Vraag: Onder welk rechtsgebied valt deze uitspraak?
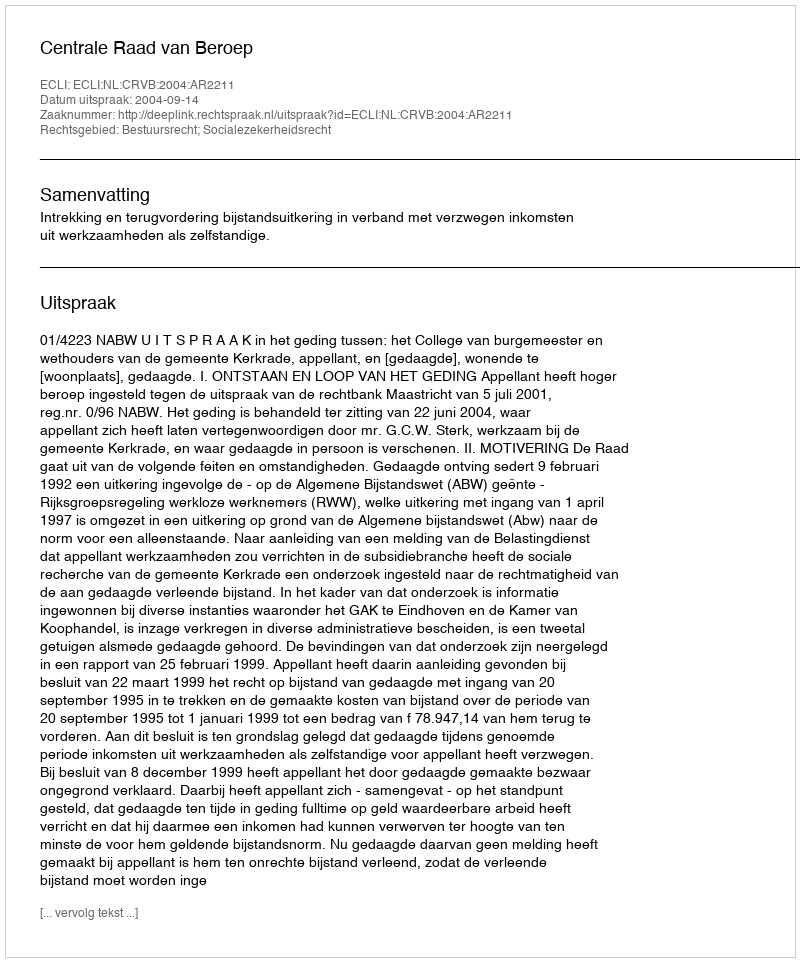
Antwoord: Bestuursrecht; Socialezekerheidsrecht